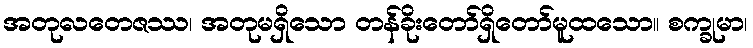
အတုလတေဇဿ၊ အတုမရှိသော တန်ခိုးတော်ရှိတော်မူထသော။ စက္ခုမာ၊